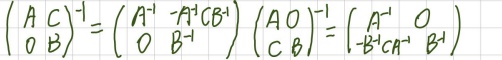
\[
\begin{pmatrix}
A & C \\
O & B
\end{pmatrix}^{-1}=
\begin{pmatrix}
A^{-1} & -A^{-1}CB^{-1} \\
O & B^{-1}
\end{pmatrix}
\quad
\begin{pmatrix}
A & O \\
C & B
\end{pmatrix}^{-1}=
\begin{pmatrix}
A^{-1} & O \\
-B^{-1}CA^{-1} & B^{-1}
\end{pmatrix}
\]